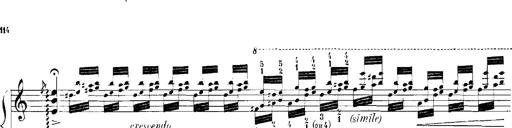
Title: Rhapsodies hongroises
Composer: Franz Liszt